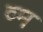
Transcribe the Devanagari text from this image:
व्म